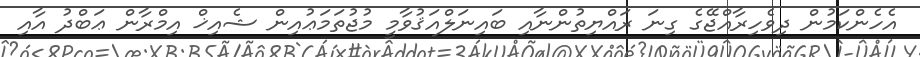
އެހެންކަމުން ދިވެހިރާއްޖޭގެ ގިނަ ރައްޔިތުންނާއި ބައިނަލްއަޤުވާމީ މުޖުތަމަޢުއިން ޝެއިޚް އިމްރާން ޢަބްދު އާއި